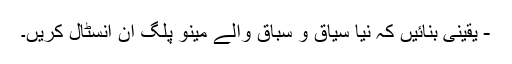
- یقینی بنائیں کہ نیا سیاق و سباق والے مینو پلگ ان انسٹال کریں۔